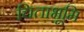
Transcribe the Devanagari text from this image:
चिताभूमि